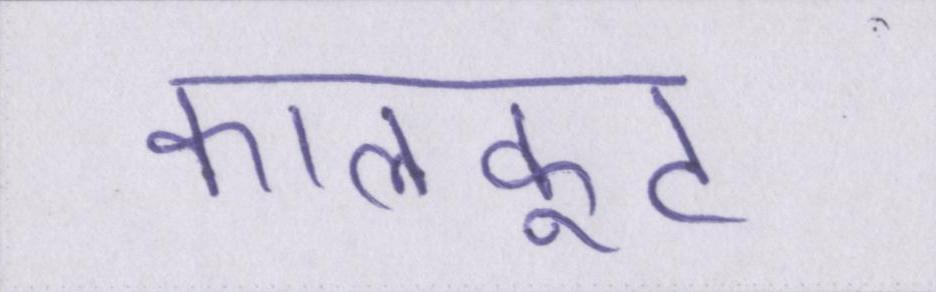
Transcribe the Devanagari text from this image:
कालकूट